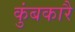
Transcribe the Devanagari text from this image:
कुंबकारै